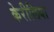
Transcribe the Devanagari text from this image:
केरीलिया